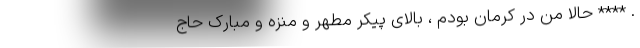
. **** حالا من در کرمان بودم ، بالای پیکر مطهر و منزه و مبارک حاج